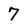
Character: 7